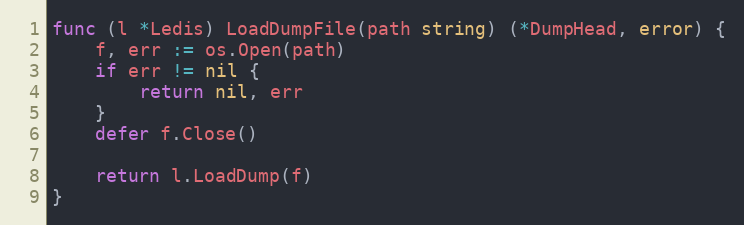
Language: Go
func (l *Ledis) LoadDumpFile(path string) (*DumpHead, error) {
	f, err := os.Open(path)
	if err != nil {
		return nil, err
	}
	defer f.Close()

	return l.LoadDump(f)
}